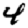
Digit: 4